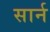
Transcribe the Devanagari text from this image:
सार्न